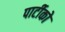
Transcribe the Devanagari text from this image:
पार्टीको